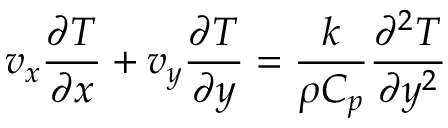
v _ { x } { \frac { \partial T } { \partial x } } + v _ { y } { \frac { \partial T } { \partial y } } = { \frac { k } { \rho C _ { p } } } { \frac { \partial ^ { 2 } T } { \partial y ^ { 2 } } }